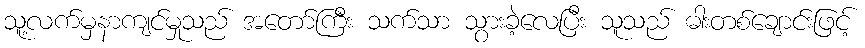
သူ့လက်မှနာကျင်မှုသည် အတော်ကြီး သက်သာ သွားခဲ့လေပြီး သူသည် ဓါးတစ်ချောင်းဖြင့်